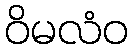
ဝိမလံဝ